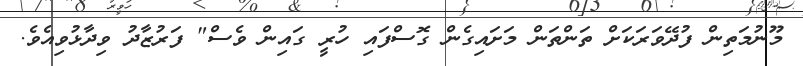
މޫނުމަތިން ފުދޭވަރަކަށް ތަންތަން މަށައިގެން ގޮސްފައި ހުރީ ގައިން ވެސް" ފަރުޒާދު ވިދާޅުވިއެވެ.